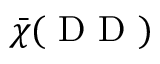
\bar { \chi } ( \mathrm { ~ D ~ D ~ ) ~ }